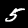
Label: 5